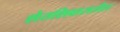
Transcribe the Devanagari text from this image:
शेतशिवारातील